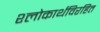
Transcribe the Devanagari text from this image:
श्लोकार्थविरहित